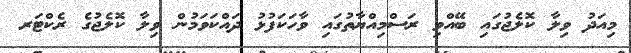
މިއަދު ވިލާ ކޮލެޖުގައި ބޭއްވި ރަސްމިއްޔާތުގައި ވާހަކަފުޅު ދައްކަވަމުން ވިލާ ކޮލެޖުގެ ރެކްޓަރ